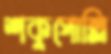
শকুপোল্লি